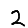
Digit: 2